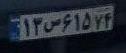
۱۳س۶۱۵۷۴